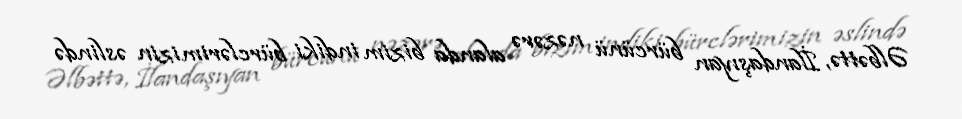
Əlbəttə, İlandaşıyan bürcünü nəzərə alanda bizim indiki bürclərimizin əslində